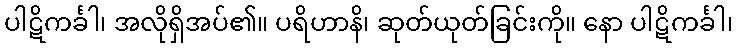
ပါဋိကင်္ခါ၊ အလိုရှိအပ်၏။ ပရိဟာနိ၊ ဆုတ်ယုတ်ခြင်းကို။ နော ပါဋိကင်္ခါ၊